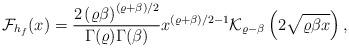
LaTeX: \begin{align*}\mathcal{F}_{h_{f}}(x)=\frac{2\left(\varrho \beta \right)^{\left(\varrho+\beta\right)/2}}{\Gamma(\varrho)\Gamma(\beta)}{x}^{\left(\varrho+\beta\right)/2-1} \mathcal{K}_{\varrho-\beta}\left(2\sqrt{\varrho\beta x}\right),\end{align*}